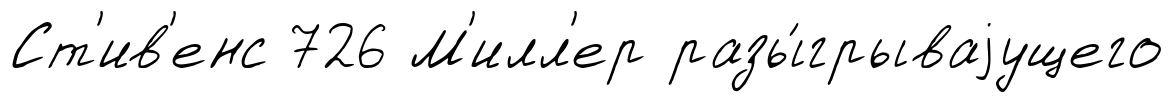
Ст'ив'енс 726 М'илл'ер разы́грываjущего